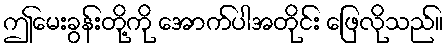
ဤမေးခွန်းတို့ကို အောက်ပါအတိုင်း ဖြေလိုသည်။